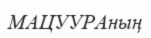
МАЦУУРАның